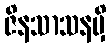
ဇိနသာသနမှိ